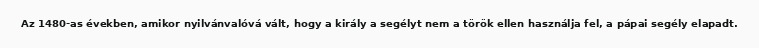
Az 1480-as években, amikor nyilvánvalóvá vált, hogy a király a segélyt nem a török ellen használja fel, a pápai segély elapadt.